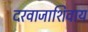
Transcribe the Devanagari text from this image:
दरवाजाशिवाय